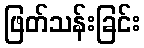
ဖြတ်သန်းခြင်း